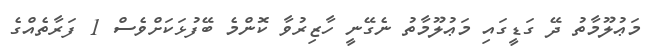
މަޢުލޫމާތު ދޭ ގަޑީގައި މަޢުލޫމާތު ނެގޭނީ ހާޒިރުވާ ކޮންމެ ބޭފުޅަކަށްވެސް 1 ފަރާތެއްގެ